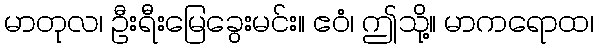
မာတုလ၊ ဦးရီးမြေခွေးမင်း။ ဧဝံ၊ ဤသို့။ မာကရောထ၊